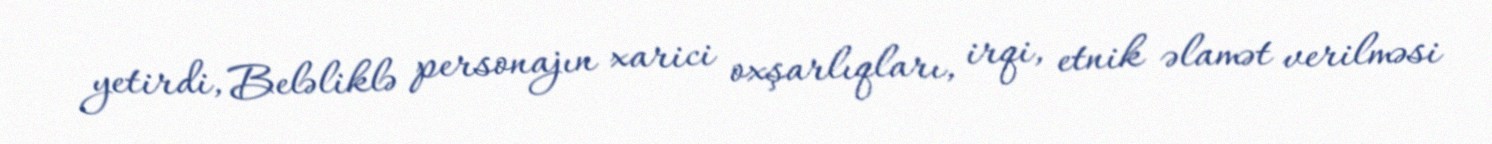
yetirdi, Beləliklə personajın xarici oxşarlıqları, irqi, etnik əlamət verilməsi